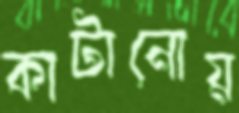
কাটানোয়